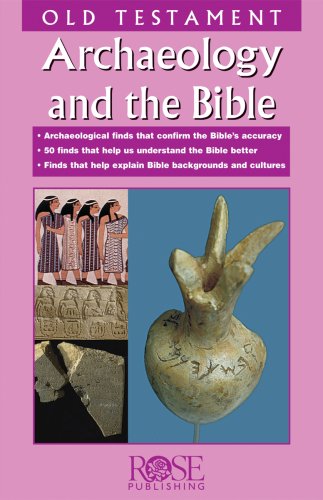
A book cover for Archaeology and the Bible: 50 Old Testament Finds (pamphlet) (Recent Release--Archaelogy and the Bible: Old Testament); Rose Publishing; Christian Books & Bibles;